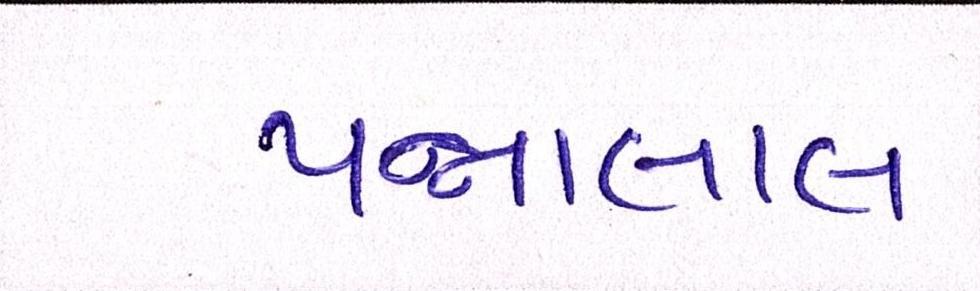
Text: પન્નાલાલ